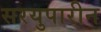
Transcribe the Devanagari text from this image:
सरयुपारीन